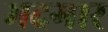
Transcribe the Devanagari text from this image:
मदगार